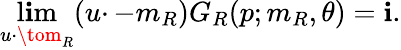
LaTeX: \operatorname*{l\mathbf{i}m}_{u\cdotp\tom_{R}}(u\cdotp-m_{R})G_{R}(p;m_{R},\theta)=\mathbf{i}.